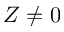
Z \neq 0